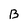
Character: B